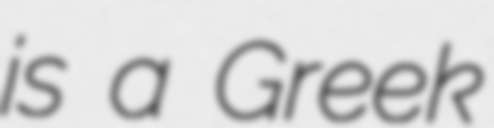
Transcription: is a Greek